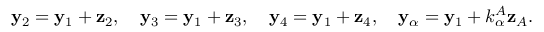
\begin{array} { r } { { \bf y } _ { 2 } = { \bf y } _ { 1 } + { \bf z } _ { 2 } , \quad { \bf y } _ { 3 } = { \bf y } _ { 1 } + { \bf z } _ { 3 } , \quad { \bf y } _ { 4 } = { \bf y } _ { 1 } + { \bf z } _ { 4 } , \quad { \bf y } _ { \alpha } = { \bf y } _ { 1 } + k _ { \alpha } ^ { A } { \bf z } _ { A } . } \end{array}